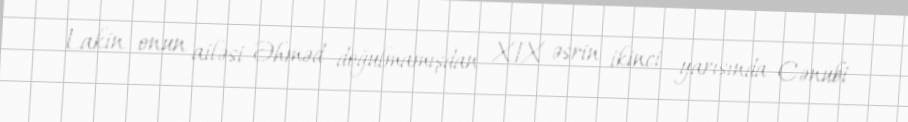
Lakin onun ailəsi Əhməd doğulmamışdan XIX əsrin ikinci yarısında Cənubi